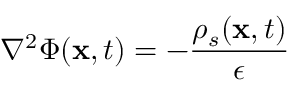
\nabla ^ { 2 } \Phi ( \mathbf { x } , t ) = - \frac { { \rho _ { s } } ( \mathbf { x } , t ) } { \epsilon }